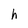
Character: h